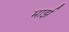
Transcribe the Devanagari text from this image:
मार्झ